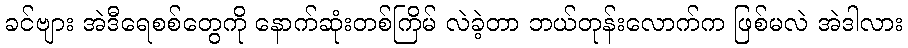
ခင်ဗျား အဲဒီရေစစ်တွေကို နောက်ဆုံးတစ်ကြိမ် လဲခဲ့တာ ဘယ်တုန်းလောက်က ဖြစ်မလဲ အဲဒါလား